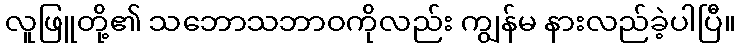
လူဖြူတို့၏ သဘောသဘာဝကိုလည်း ကျွန်မ နားလည်ခဲ့ပါပြီ။